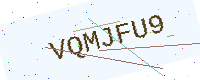
Text: VQMJFU9